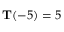
\mathbf { T } ( - 5 ) = 5